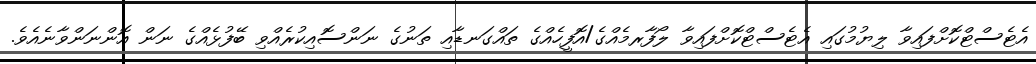
އެޓެސްޓްކޮށްފައިވާ ލިޔުމުގައި އެޓެސްޓްކޮށްފައިވާ ލޯފާރމެއްގެ/އޮފީހެއްގެ ތައްގަނޑާއި ތަނުގެ ނަންސޮއިކުރެއްވި ބޭފުޅެއްގެ ނަން އޮންނަންވާނެއެވެ.